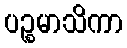
ပဉ္စမာသိကာ